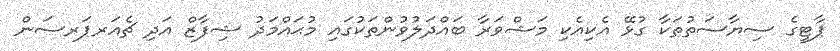
ޕާޓީގެ ސިޔާސަތުތަކާ ގުޅޭ އެކިއެކި މަޝްވަރާ ބައްދަލުވުންތަކުގައި މުޙައްމަދު ޝިފާޒް އަދި ޗެއަރޕަރސަން